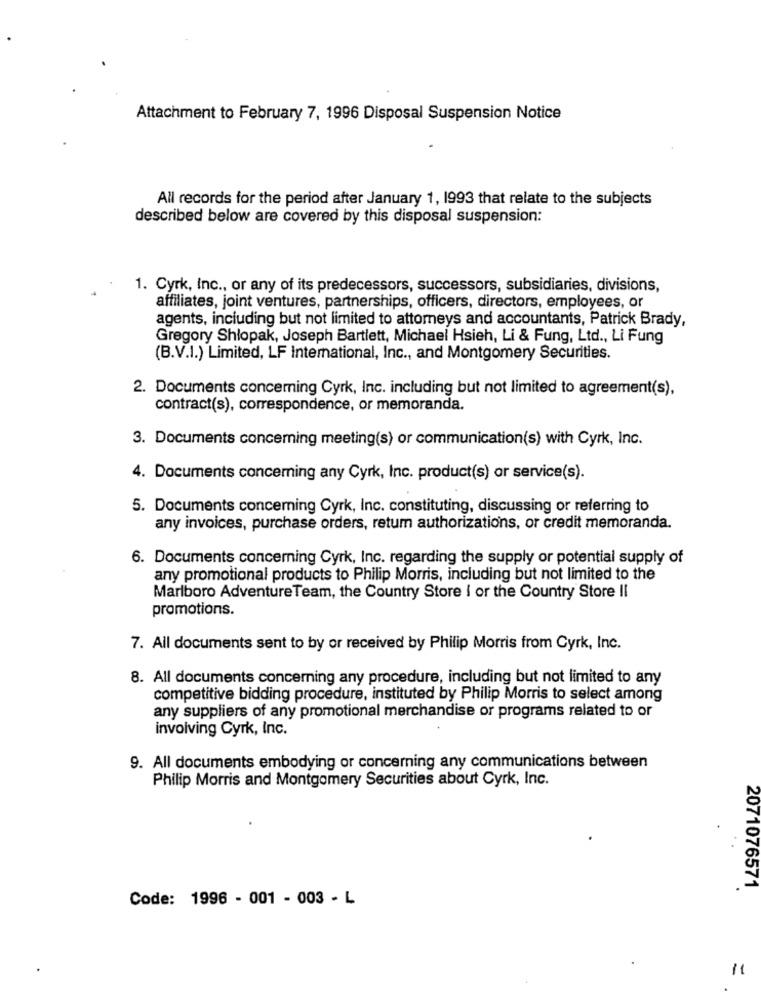
Attachment to February 7, 1996 Disposal Suspension Notice
All records for the period after January 1, 1993 that relate to the subjects
described below are covered by this disposal suspension:
1. Cyrk, Inc ., or any of its predecessors, successors, subsidiaries, divisions,
affiliates, joint ventures, partnerships, officers, directors, employees, or
agents, including but not limited to attorneys and accountants, Patrick Brady,
Gregory Shlopak, Joseph Bartlett, Michael Hsieh, Li & Fung, Ltd ., Li Fung
(B.V.I.) Limited, LF International, Inc ., and Montgomery Securities.
2. Documents concerning Cyrk, Inc. including but not limited to agreement(s),
contract(s), correspondence, or memoranda.
3. Documents concerning meeting(s) or communication(s) with Cyrk, Inc.
4. Documents concerning any Cyrk, Inc. product(s) or service(s).
5. Documents concerning Cyrk, Inc. constituting, discussing or referring to
any invoices, purchase orders, retum authorizations, or credit memoranda.
6. Documents concerning Cyrk, Inc. regarding the supply or potential supply of
any promotional products to Philip Morris, including but not limited to the
Marlboro AdventureTeam, the Country Store I or the Country Store II
promotions.
7. All documents sent to by or received by Philip Morris from Cyrk, Inc.
8. All documents concerning any procedure, including but not limited to any
competitive bidding procedure, instituted by Philip Morris to select among
any suppliers of any promotional merchandise or programs related to or
involving Cyrk, Inc.
9. All documents embodying or concerning any communications between
Philip Morris and Montgomery Securities about Cyrk, Inc.
2071076571
Code: 1996 - 001 - 003 - L
11